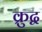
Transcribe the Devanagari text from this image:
क्रुद्व